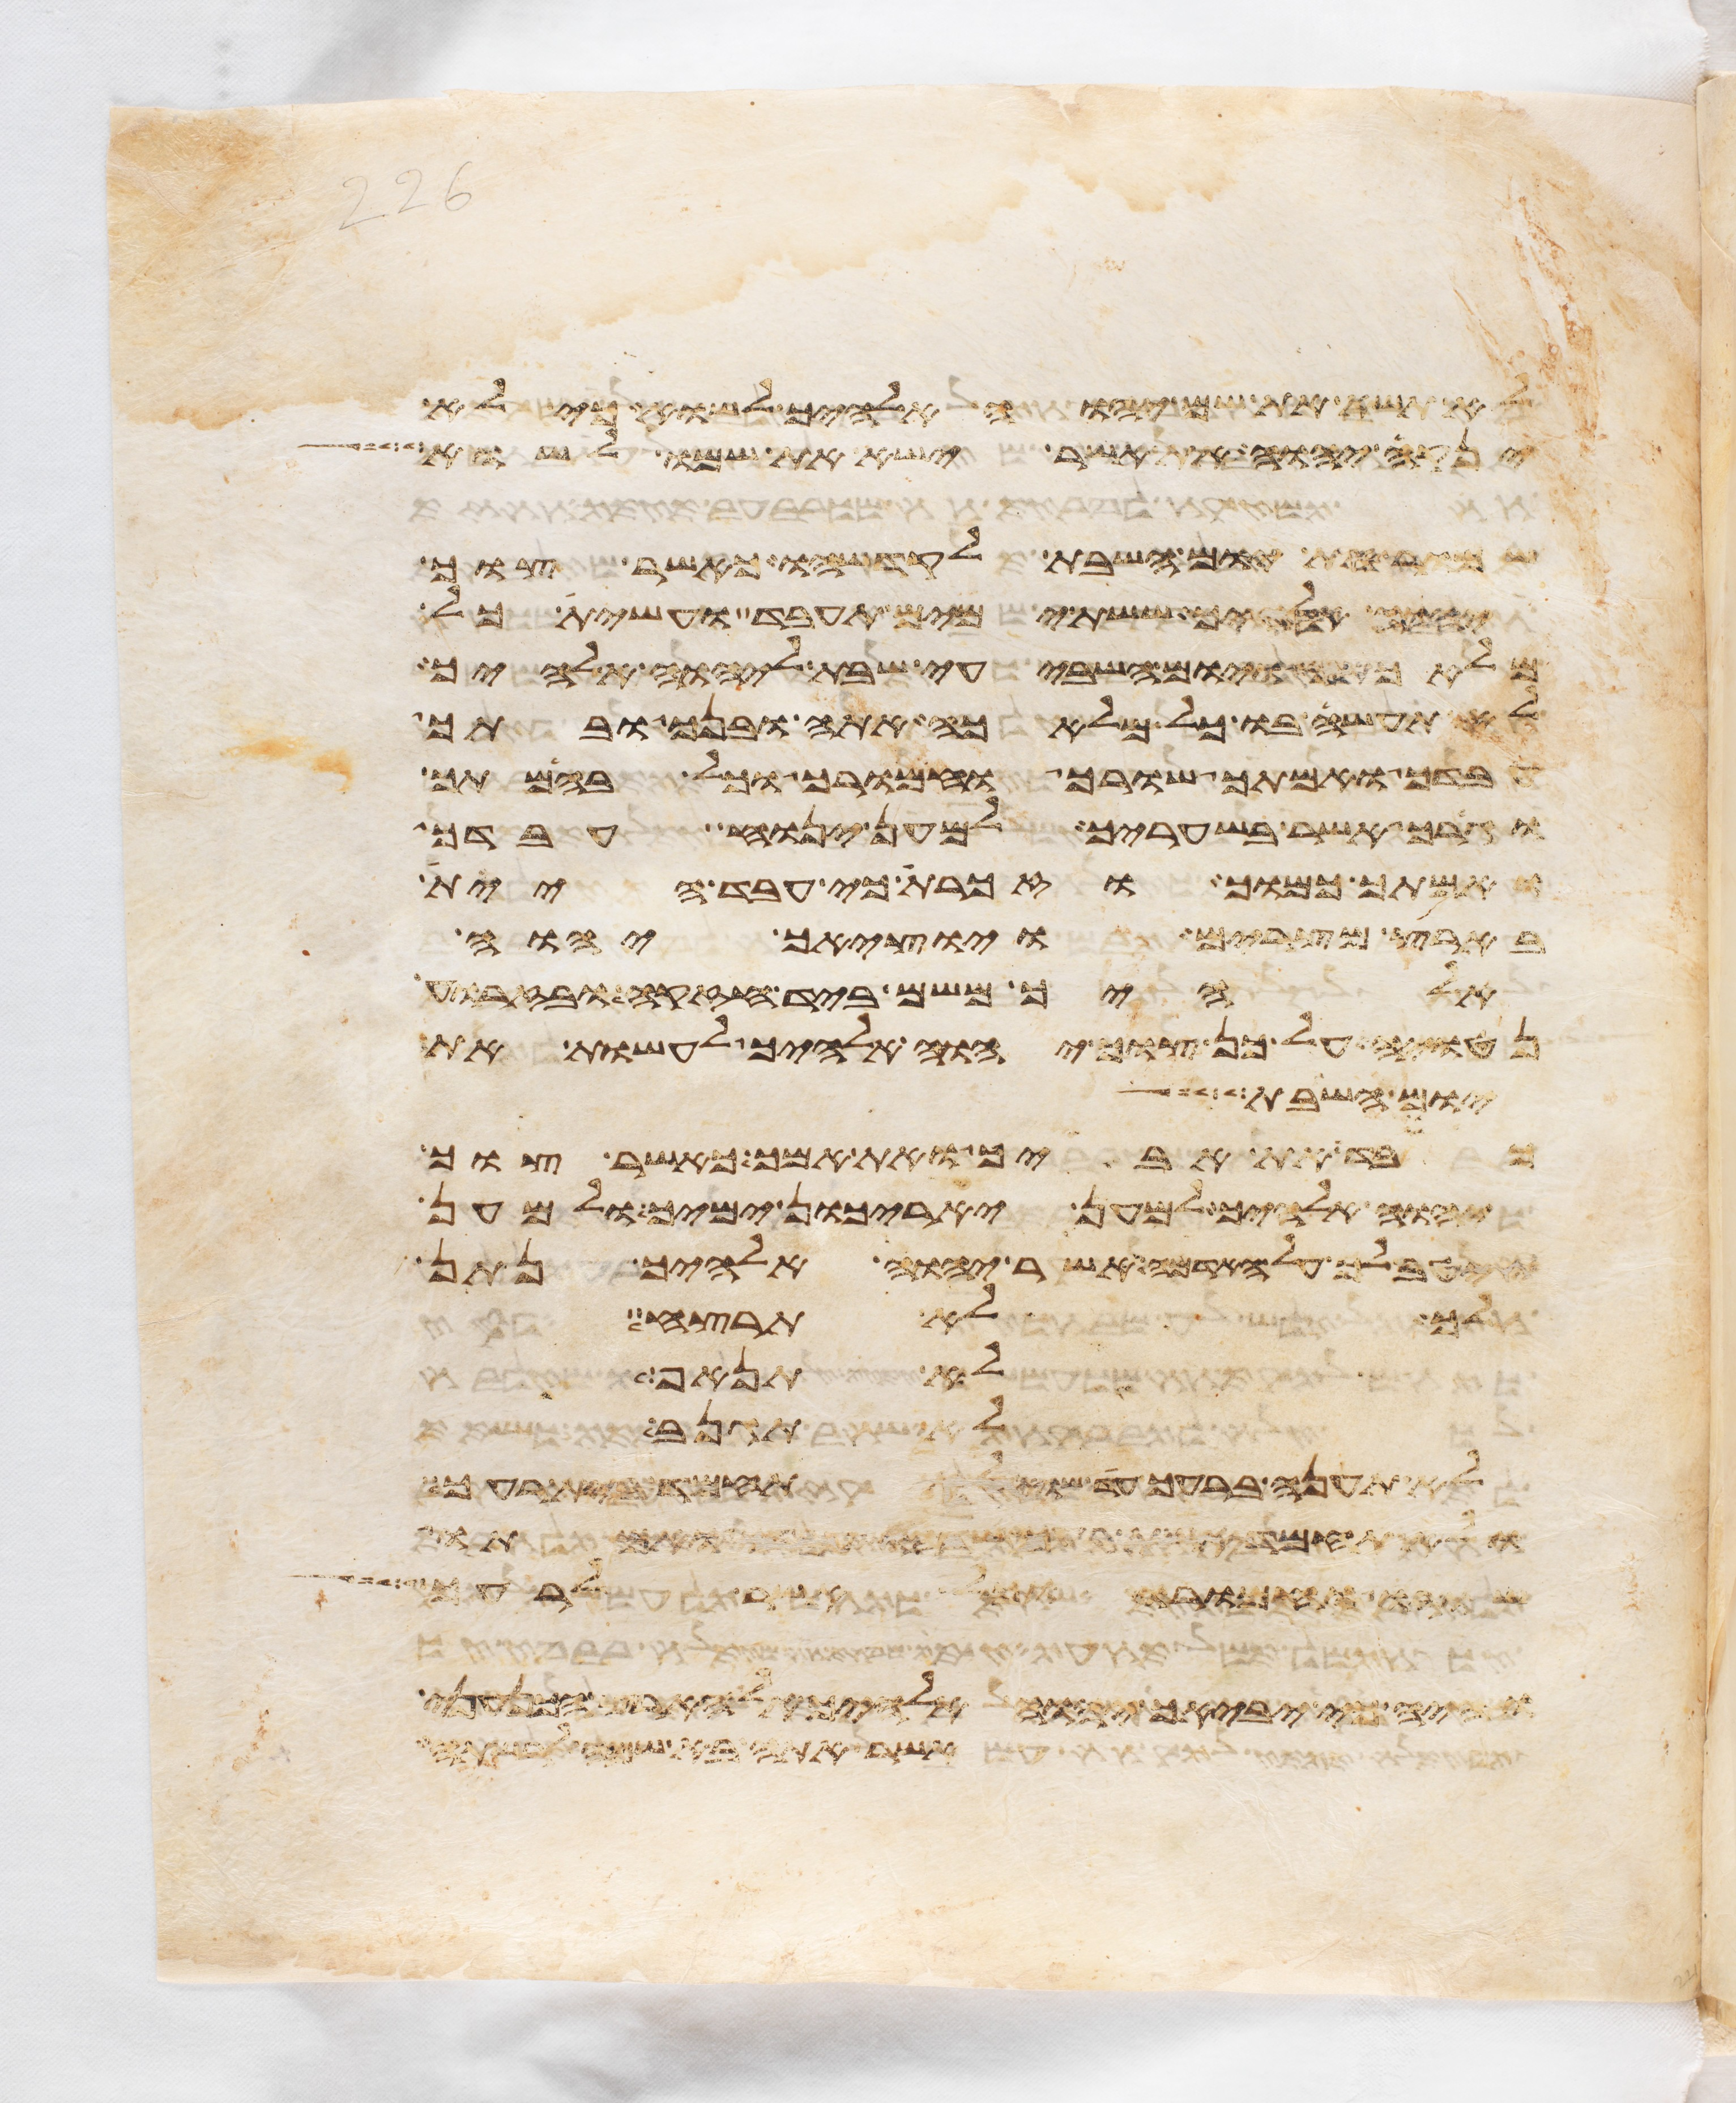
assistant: לא תשא את שם יהוה אלהיך לשוא כי לא
ינקה יהוה את אשר ישא את שמו לשוא
שמור את יום השבת לקדשהו כאשר צוך
יהוה אלהיך ששת ימים תעבד ועשית כל
מלאכתך ויום השביעי שבת ליהוה אלהיך
לא תעשה בו כל מלאכה אתה ובנך ובתך
עבדך ואמתך שורך וחמורך וכל בהמתך
וגרך אשר בשעריך למען ינוח עבדך
ואמתך כמוך וזכרת כי עבד היית
בארץ מצרים ויוציאך יהוה
אלהיך משם ביד חזקה ובזרוע
נטויה על כן צוך יהוה אלהיך לעשות את
יום השבת
כבד את אביך ואת אמך כאשר צוך
יהוה אלהיך למען יארכון ימיך ולמען
ייטב לך על האדמה אשר יהוה אלהיך נתן
לך לא תרצח
לא תנאף
לא תגנב
לא תענה ברעך עד שוא לא תחמד בית רעך
ולא תחמד אשת רעך שדהו עבדו ואמתו
שורו וחמרו וכל אשר לרעך
והיה כי יביאך יהוה אלהיך אל ארץ הכנעני
אשר אתה בא שמה לרשתה